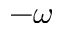
- \omega